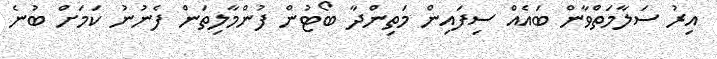
އިރު ސަލާމަތްވާން ބައެއް ސިފައިން މަތިންދާ ބޯޓުން ފުންމާލިތަން ފެނުނު ކަމަށް ބުނެ